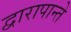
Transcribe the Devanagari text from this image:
द्वारापान्ते